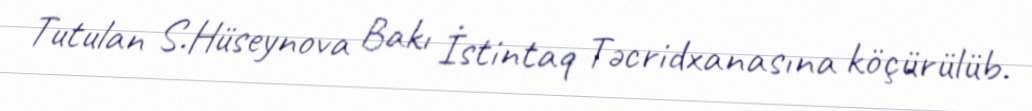
Tutulan S.Hüseynova Bakı İstintaq Təcridxanasına köçürülüb.